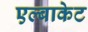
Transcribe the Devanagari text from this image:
एल्बाकेट